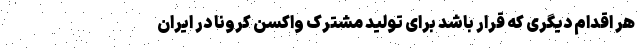
هر اقدام دیگری که قرار باشد برای تولید مشترک واکسن کرونا در ایران